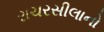
રાચરસીલાનો